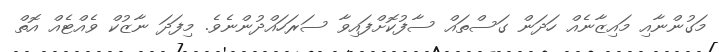
މަގުންނާއި މައިޒާނެއް ހަދަން ގަސްތައް ސާފުކޮށްފައިވާ ސަރަހައްދުންނެވެ. މިފަދަ ނާޒުކް ވެއްޓެއް އޮތް